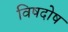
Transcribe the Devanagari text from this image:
विषदोष